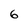
Character: 6